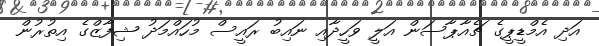
އަދި އެމްޑީޕީގެ ޗެއާޕާސަން އަލީ ވަހީދާއި ނައިބު ރައީސް މުހައްމަދު ޝިފާޒްގެ އިތުރުން